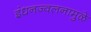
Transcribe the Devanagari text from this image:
इंधनज्वलनामुळे